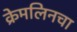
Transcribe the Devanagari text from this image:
क्रेमलिनचा